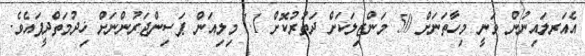
އެއަރލައިނުން ވަނީ މިހާތަނަށް 50 މަންޒިލަކަށް ދަތުރުކޮށް 1.1 މިލިއަން ޕަސިންޖަރުންނަށް ޚިދުމަތްދީފައެވެ.